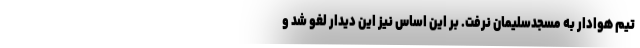
تیم هوادار به مسجدسلیمان نرفت. بر این اساس نیز این دیدار لغو شد و